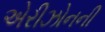
એરીઝોનની